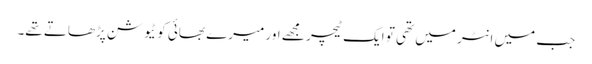
جب میں انٹر میں تھی تو ایک ٹیچر مجھے اور میرے بھائی کو ٹیوشن پڑھاتے تھے۔